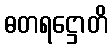
ဓတရဋ္ဌောတိ